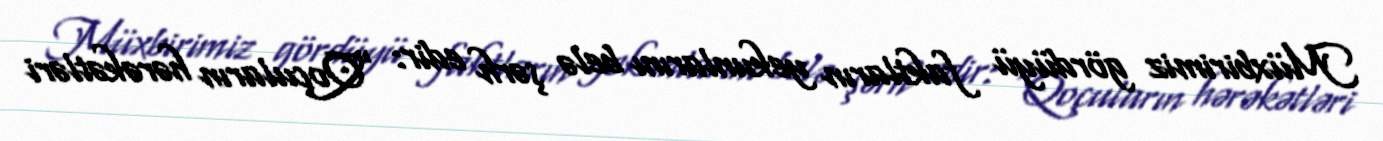
Müxbirimiz gördüyü faktların yekunlarını belə şərh edir: “Qoçuların hərəkətləri